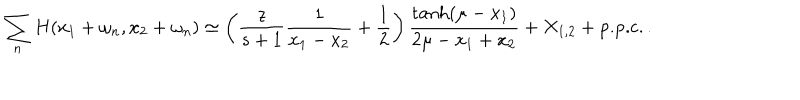
\sum _ { n } H ( x _ { 1 } + \omega _ { n } , x _ { 2 } + \omega _ { n } ) \simeq \left( \frac { z } { s + 1 } \frac { 1 } { x _ { 1 } - x _ { 2 } } + \frac { 1 } { 2 } \right) \frac { \tanh ( \mu - x _ { 1 } ) } { 2 \mu - x _ { 1 } + x _ { 2 } } + X _ { 1 , 2 } + \mathrm { p . p . c . } \, .